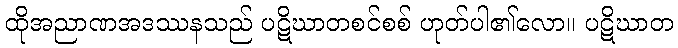
ထိုအညာဏအဒဿနသည် ပဋိဃာတစင်စစ် ဟုတ်ပါ၏လော။ ပဋိဃာတ